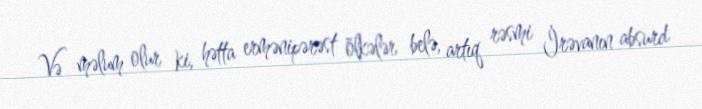
Və məlum olur ki, hətta ermənipərəst ölkələr belə, artıq rəsmi İrəvanın absurd